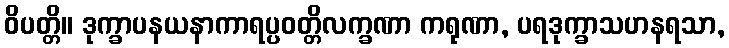
ဝိပတ္တိ။ ဒုက္ခာပနယနာကာရပ္ပဝတ္တိလက္ခဏာ ကရုဏာ, ပရဒုက္ခာသဟနရသာ,